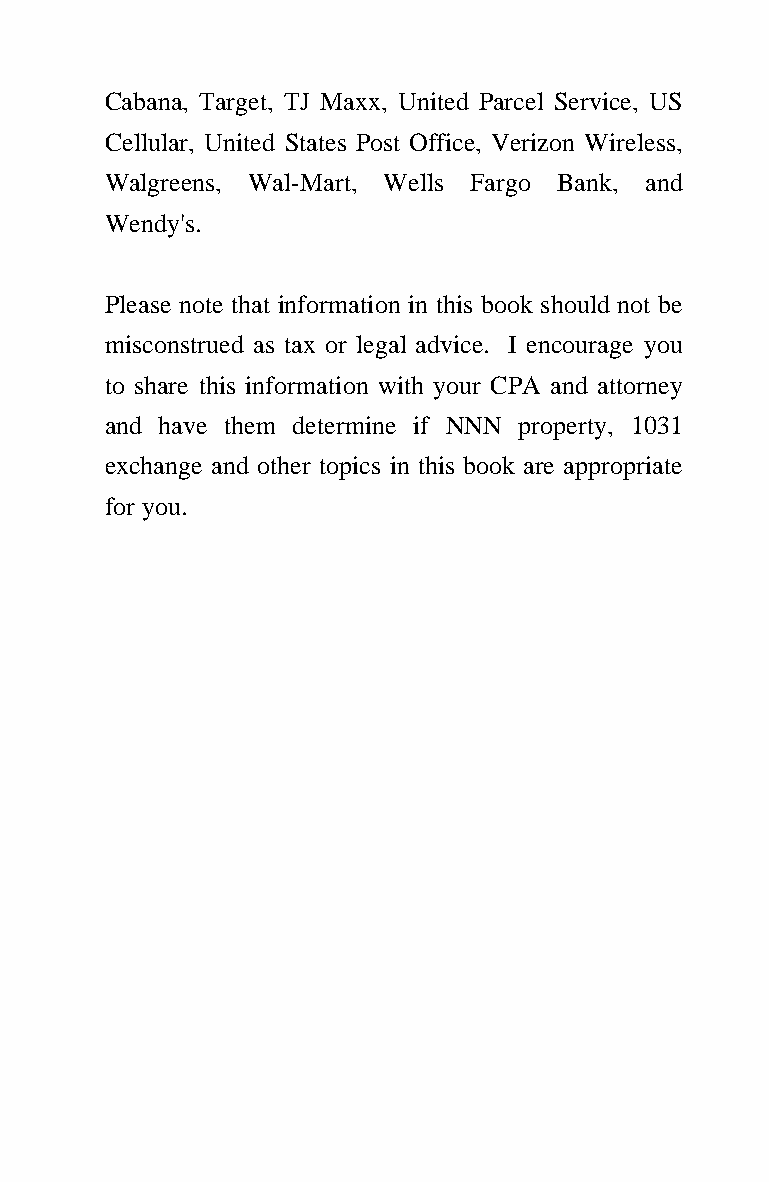
Cabana, Target, TJ Maxx, United Parcel Service, US
 Cellular, United States Post Office, Verizon Wireless,
 Walgreens, Wal-Mart, Wells Fargo Bank, and
 Wendy's.
 Please note that information in this book should not be
 misconstrued as tax or legal advice. I encourage you
 to share this information with your CPA and attorney
 and have them determine if NNN property, 1031
 exchange and other topics in this book are appropriate
 for you.